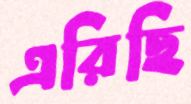
এরিছি